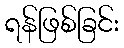
ရန်ဖြစ်ခြင်း